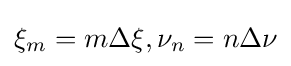
\xi _{m}=m\Delta \xi ,\nu _{n}=n\Delta \nu